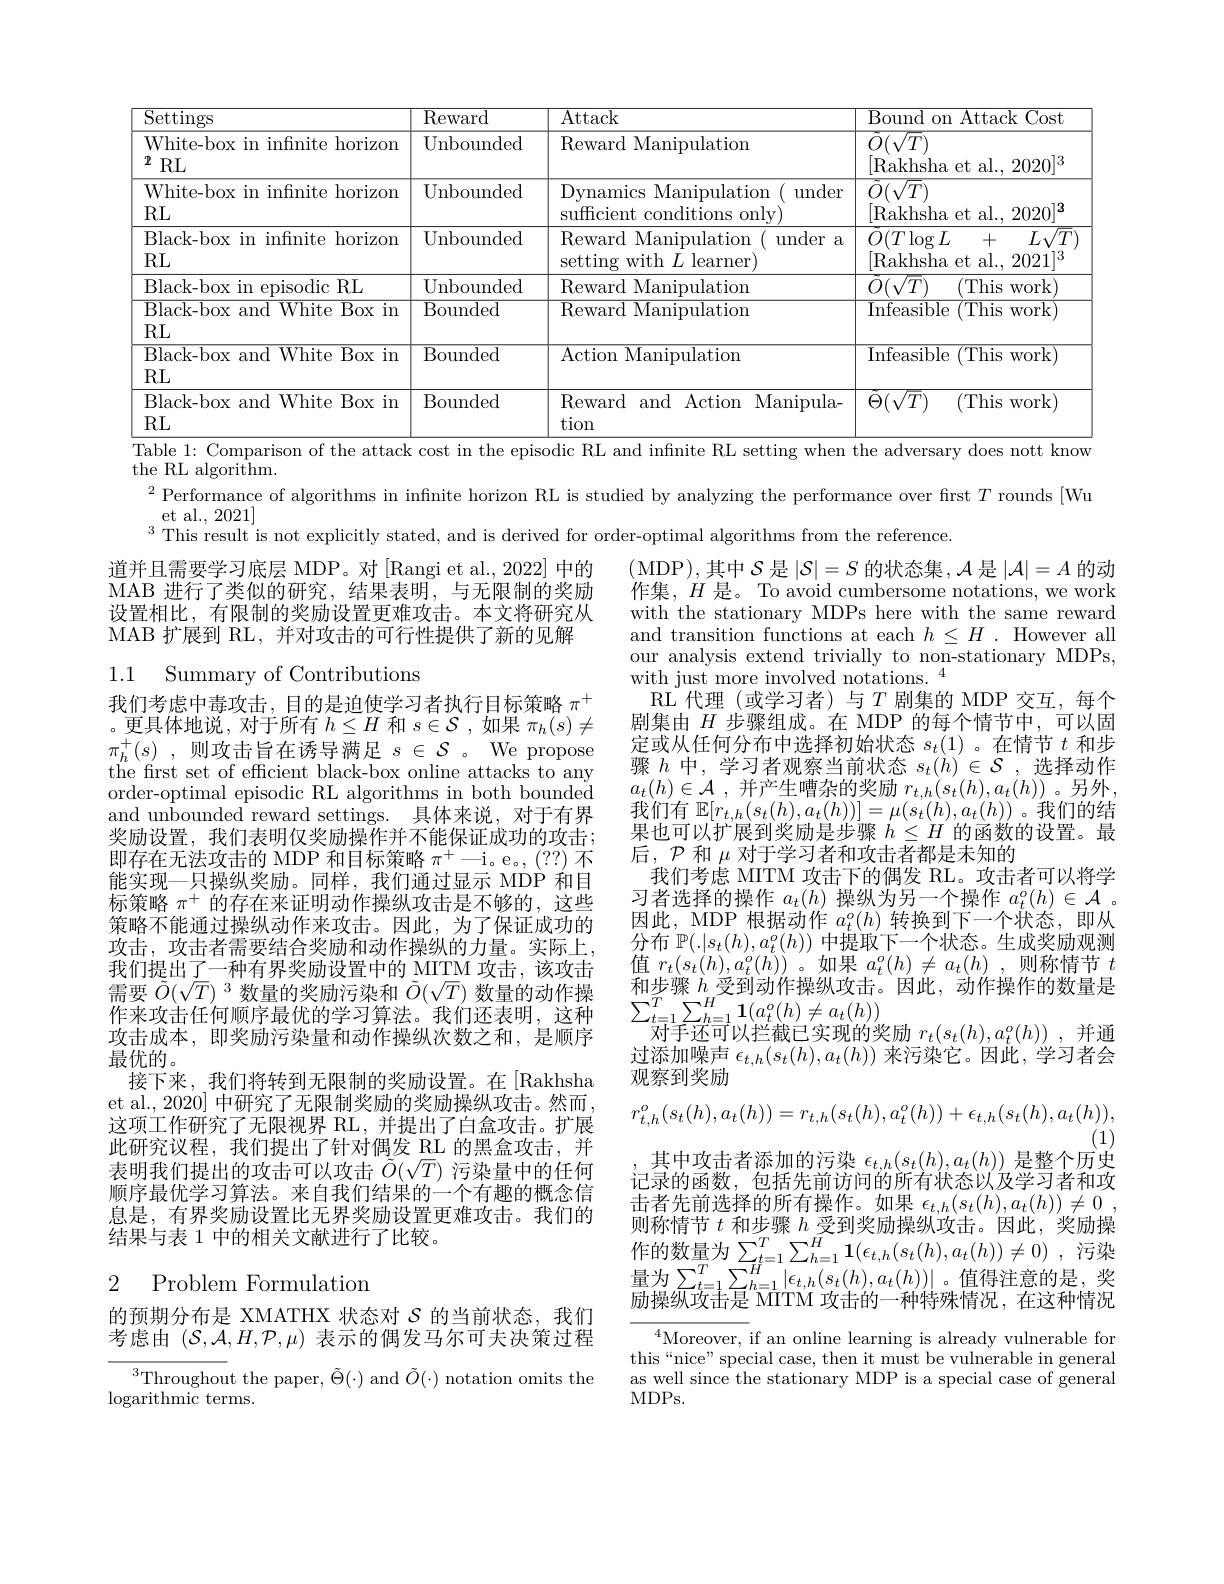
<table>
	<tbody>
		<tr>
			<th>$\overline{{\mathrm{Settings}}}$</th>
			<th>$\operatorname{Reward}$</th>
			<th>Attack</th>
			<th>Bound on Attack Cost</th>
		</tr>
		<tr>
			<td>White-box in infinite horizon $2RL$</td>
			<td>Unbounded</td>
			<td>Reward Manipulation</td>
			<td>${\ddot{O}}({\sqrt{T}})$ [Rakhsha et al., 2020]3</td>
		</tr>
		<tr>
			<td>White-box in infinite horizon RL</td>
			<td>Unbounded</td>
			<td>Dynamics Manipulation $\operatorname{under}$ sufficient conditions only)</td>
			<td>${\ddot{O}}({\sqrt{T}})$ [Rakhsha et al., 2020$]^3$</td>
		</tr>
		<tr>
			<td>Black-box in infnite horizon $RL$</td>
			<td>Unbounded</td>
			<td>Reward Manipulation under a setting with $L$ learner</td>
			<td>$\ddot{O}(T\log L$ $L\sqrt{T}$ -4 |Rakhsha et al., 2021$|^3$</td>
		</tr>
		<tr>
			<td>Black-box in episodic RL</td>
			<td>Unbounded</td>
			<td>Reward Manipulation</td>
			<td>$O({\mathrm{v}}/T)$ (This work)</td>
		</tr>
		<tr>
			<td>Black-box and White Box in RL</td>
			<td>Bounded</td>
			<td>Reward Manipulation</td>
			<td>Infeasible (This WOrk</td>
		</tr>
		<tr>
			<td>Black-box and White Box in RL</td>
			<td>Bounded</td>
			<td>Action Manipulatiom</td>
			<td>$\overline{\mathrm{Infeasible~(This~work)}}$</td>
		</tr>
		<tr>
			<td>Black-box and White Box in $RL$</td>
			<td>Bounded</td>
			<td>Reward and Action ${\mathrm{n} }$ ${\mathrm{Manipula- }}$ tion</td>
			<td>$\ddot{\Theta}(\sqrt{T})$ (This work)</td>
		</tr>
	</tbody>
</table>
Table 1: Comparison of the attack cost in the episodic RL and infinite RL setting when the adversary does nott know

the RL algorithm.

$^{2}$ Performance of algorithms infinite horizon RL is studied by analyzing the performance over first $T$ rounds [Wu

et al., 2021]

$^{3}$This result is not explicitly stated, and is derived for order-optimal algorithms from the reference.

道并且需要学习底层 MDP。对[Rangi et al., 2022] 中的MAB 进行了类似的研究，结果表明，与无限制的奖励设置相比，有限制的奖励设置更难攻击。本文将研究从MAB 扩展到 RL, 并对攻击的可行性提供了新的见解

1.1 Summary of Contributions

我们考虑中毒攻击，目的是迫使学习者执行目标策略$\pi^+$ 。更具体地说，对于所有$h\leq H$和$s\in\mathcal{S}$ ,如果$\pi_h(s)\neq$ $\pi _{h}^{+ }( s)$ ,则攻击旨在诱导满足$s\in\mathcal{S}$。We propose the first set of efficient black-box online attacks to any order-optimal episodic RL algorithms in both bounded and unbounded reward settings. 具体来说，对于有界奖励设置，我们表明仅奖励操作并不能保证成功的攻击； 即存在无法攻击的 MDP 和目标策略$\pi ^+ -$i。e。, ( ? ? ) 不能实现一只操纵奖励。同样，我们通过显示 MDP 和目标策略$\pi^+$的存在来证明动作操纵攻击是不够的，这些策略不能通过操纵动作来攻击。因此，为了保证成功的攻击，攻击者需要结合奖励和动作操纵的力量。实际上， 我们提出了一种有界奖励设置中的 MITM 攻击，该攻击需要$\tilde{O}(\sqrt T)^3$数量的奖励污染和$\tilde{O}(\sqrt T)$数量的动作操作来攻击任何顺序最优的学习算法。我们还表明，这种攻击成本，即奖励污染量和动作操纵次数之和，是顺序最优的。
接下来，我们将转到无限制的奖励设置。在[Rakhsha et al., 2020] 中研究了无限制奖励的奖励操纵攻击。然而， 这项工作研究了无限视界 RL,并提出了白盒攻击。扩展此研究议程，我们提出了针对偶发 RL 的黑盒攻击，并表明我们提出的攻击可以攻击$\tilde{O}(\sqrt T)$ 污染量中的任何顺序最优学习算法。来自我们结果的一个有趣的概念信息是，有界奖励设置比无界奖励设置更难攻击。我们的结果与表 1 中的相关文献进行了比较。

(MDP),其中$\mathcal{S}$ 是$|\mathcal{S}|=S$ 的状态集$,\mathcal{A}$ 是$|\mathcal{A}|=A$ 的动作集，$H$是。To avoid cumbersome notations, we work with the stationary MDPs here with the same reward and transition functions at each $h\leq H.$ However all our analysis extend trivially to non-stationary MDPs, with just more involved notations. $^{4}$
RL代理 (或学习者)与$T$剧集的 MDP 交互，每个剧集由$H$步骤组成。在 MDP 的每个情节中，可以固定或从任何分布中选择初始状态$s_t(1)$ 。在情节$t$和步骤$h$中，学习者观察当前状态$s_t(h)\in\mathcal{S}$,选择动作$a_t( h) \in \mathcal{A}$ ,并产生嘈杂的奖励 $r_t,h(s_t(h),a_t(h))$ 。另外， 我们有$\mathbb{E}[r_{t,h}(s_{t}(h),a_{t}(h))]=\mu(s_{t}(h),a_{t}(h))$。我们的结果也可以扩展到奖励是步骤$h\leq H$的函数的设置。最后，$\mathcal{P}$和$\mu$对于学习者和攻击者都是未知的
我们考虑 MITM 攻击下的偶发 RL。攻击者可以将学习者选择的操作$a_t(h)$操纵为另一个操作$a_t^o(h)\in\mathcal{A}$ 。因此，MDP 根据动作$a_t^o(h)$转换到下一个状态，即从分布$\mathbb{P}(.|s_t(h),a_t^o(h))$中提取下一个状态。生成奖励观测值$r_{t}(s_{t}(h),a_{t}^{o}(h))$ 。如果$a_{t}^{o}(h)\neq a_{t}(h)$ ,则称情节$t$ 和步骤$h$受到动作操纵攻击。因此，动作操作的数量是$\sum_{t=1}^{T}\sum_{h=1}^{H}\mathbf{1}(a_{t}^{o}(h)\neq a_{t}(h))$
对手还可以拦截已实现的奖励 $r_t( s_t( h) , a_t^o( h) )$ ,并通过添加噪声$\epsilon_{t,h}(s_{t}(h),a_{t}(h))$来污染它。因此，学习者会观察到奖励
$$r_{t,h}^{o}(s_{t}(h),a_{t}(h))=r_{t,h}(s_{t}(h),a_{t}^{o}(h))+\epsilon_{t,h}(s_{t}(h),a_{t}(h)),$$
(1)
其中攻击者添加的污染$\epsilon_{t,h}(s_t(h),a_t(h))$是整个历史记录的函数，包括先前访问的所有状态以及学习者和攻击者先前选择的所有操作。如果$\epsilon _{t, h}( s_{t}( h) , a_{t}( h) ) \neq 0$ , 则称情节$t$和步骤$h$受到奖励操纵攻击。因此，奖励操作的数量为$\sum_{t=1}^{T}\sum_{h=1}^{H}\mathbf{1}(\epsilon_{t,h}(s_{t}(h),a_{t}(h))\neq0)$,污染量为$\sum_{t=1}^{T}\sum_{h=1}^{H}|\epsilon_{t,h}(s_{t}(h),a_{t}(h))|$。值得注意的是，奖励操纵攻击是 MITM 攻击的一种特殊情况，在这种情况
$^{4}$Moreover, if an online learning is already vulnerable for this“nice”special case, then it must be vulnerable in general as well since the stationary MDP is a special case of general MDPs.

### 2 Problem Formulation

的预期分布是 XMATHX 状态对$\mathcal{S}$的当前状态，我们考虑由$(\mathcal{S},\mathcal{A},H,\mathcal{P},\mu)$表示的偶发马尔可夫决策过程

$^{3}$Throughout the paper, $\tilde\Theta(\cdot)$ and $\tilde O(\cdot)$ notation omits the
$\operatorname{logarithmic}$ terms.